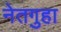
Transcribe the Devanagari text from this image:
नेतगुहा